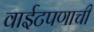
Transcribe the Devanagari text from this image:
वाईटपणाची